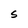
Character: S